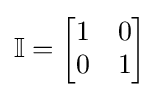
\mathbb {I} ={\begin{bmatrix}1&0\\0&1\end{bmatrix}}